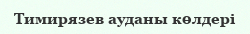
Тимирязев ауданы көлдері